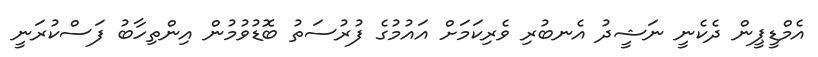
އެމްޑީޕީން ދެކެނީ ނަޝީދު އެނބުރި ވެރިކަމަށް އައުމުގެ ފުރުސަތު ބޮޑުވުމުން އިންތިހާބު ފަސްކުރަނީ